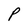
Character: P